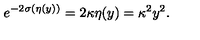
e ^ { - 2 \sigma ( \eta ( y ) ) } = 2 \kappa \eta ( y ) = \kappa ^ { 2 } y ^ { 2 } .